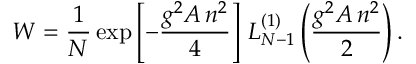
{ \cal W } = \frac { 1 } { N } \exp \left[ - \frac { g ^ { 2 } { \cal A } \, n ^ { 2 } } 4 \right] \, L _ { N - 1 } ^ { ( 1 ) } \left( \frac { g ^ { 2 } { \cal A } \, n ^ { 2 } } { 2 } \right) .